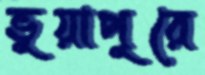
ভুয়াপুরে